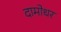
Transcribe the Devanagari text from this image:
दामोधर